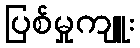
ပြစ်မှုကျူး